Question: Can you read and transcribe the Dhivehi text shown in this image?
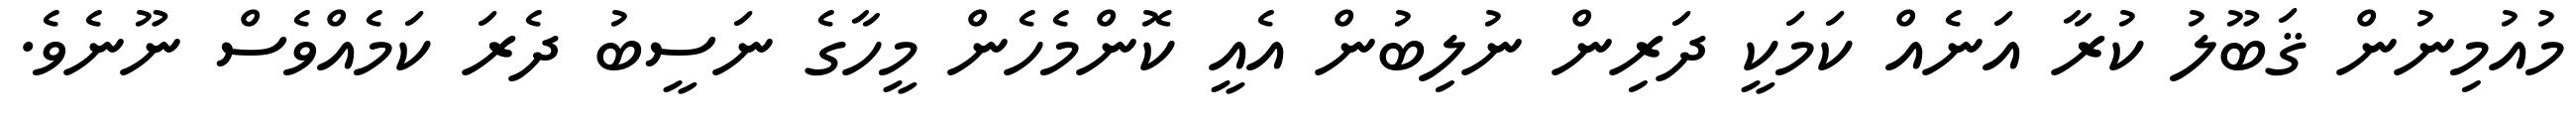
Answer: މުއުމިނުން ޤަބޫލު ކުރާ އަނެއް ކަމަކީ ދަރިން ނުލިބުން އެއީ ކޮންމެހެން މީހާގެ ނަސީބު ދެރަ ކަމެއްވެސް ނޫނެވެ.